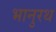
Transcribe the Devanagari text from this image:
भानुरथ